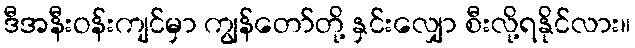
ဒီအနီးဝန်းကျင်မှာ ကျွန်တော်တို့ နှင်းလျှော စီးလို့ရနိုင်လား။